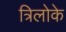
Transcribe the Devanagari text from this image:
त्रिलोके